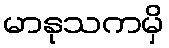
မာနုသကမှိ